Rangoon Lunatic Asylum 1878-1892 - 1878-1892
Year: 1878
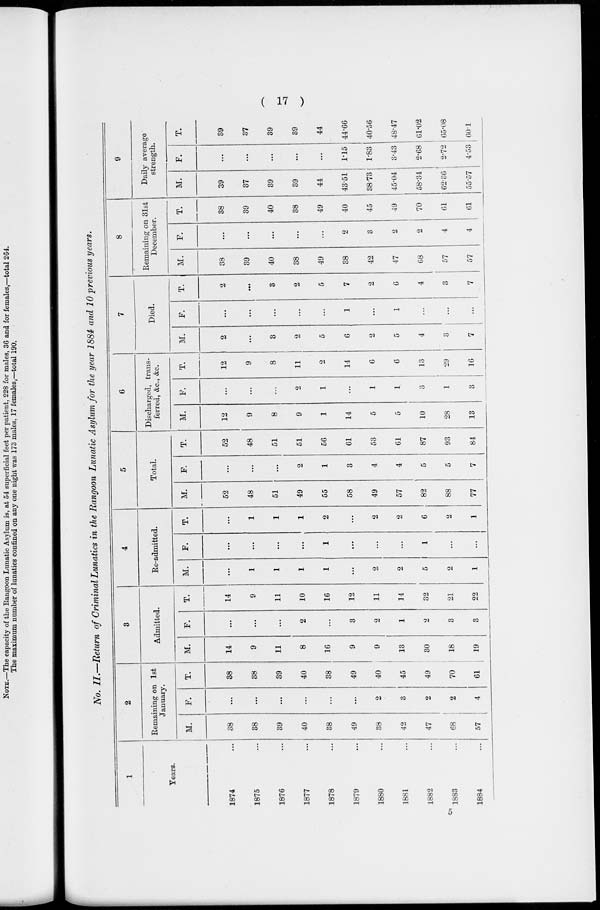
( 17 )
No. II.—Return of Criminal Lunatics in the Rangoon Lunatic Asylum for the year 1884 and 10 previous years.
1
Years.
1874 ...
1875 ...
1876 ...
1877 ...
1878 ...
1879 ...
1880 ...
1881 ...
1882 ...
1883 ...
1884 ...
2
Remaining on 1st
January.
M.
38
38
39
40
38
49
38
42
47
68
57
F.
...
...
...
...
...
...
2
3
2
2
4
T.
38
38
39
40
38
49
40
45
49
70
61
3
Admitted.
M.
14
9
11
8
16
9
9
13
30
18
19
F.
...
...
...
2
...
3
2
1
2
3
3
T.
14
9
11
10
16
12
11
14
32
21
22
4
Re-admitted.
M.
...
1
1
1
1
...
2
2
5
2
1
F.
...
...
...
...
1
...
...
...
1
...
...
T.
...
1
1
1
2
...
2
2
6
2
1
5
Total.
M.
52
48
51
49
55
58
49
57
82
88
77
F.
...
...
...
2
1
3
4
4
5
5
7
T.
52
48
51
51
56
61
53
61
87
93
84
6
Discharged, trans-
ferred, &c., &c.
M.
12
9
8
9
1
14
5
5
10
28
13
F.
...
...
...
2
1
...
1
1
3
1
3
T.
12
9
8
11
2
14
6
6
13
29
16
7
Died.
M.
2
...
3
2
5
6
2
5
4
3
7
F.
...
...
...
...
...
1
...
1
...
...
...
T.
2
...
3
2
5
7
2
6
4
3
7
8
Remaining on 31st
December.
M.
38
39
40
38
49
38
42
47
68
57
57
F.
...
...
...
...
...
2
3
2
2
4
4
T.
38
39
40
38
49
40
45
49
70
61
61
9
Daily average
strength.
M.
39
37
39
39
44
43.51
38.73
45.04
58.34
62.36
55.57
F.
...
...
...
...
...
1.15
1.83
3.43
2.68
2.72
4.53
T.
39
37
39
39
44
44.66
40.56
48.47
61.02
65.08
60.1
5